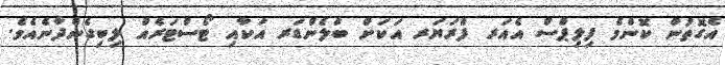
އެގޮތުން ކޮންމެ ފިލިޕްސް އެއަރ ފްރަޔަރ އަކަށް ބްލެންޑަރ އަކާއި ޓޯސްޓަރެއް ލިބިގެންދާނެއެވެ.